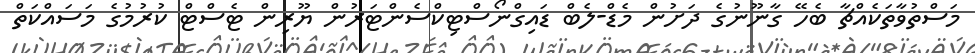
މަސްތުވާތަކެއްޗާ ބެހޭ ގާނޫނުގެ ދަށުން މެޑް-ލެބް ޑައިގްނޯސްޓިކްސެންޓަރުން ޔޫރިން ޓެސްޓް ކުރުމުގެ މަސައްކަތް